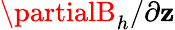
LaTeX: \partialB_{h}/\partial\mathbf{z}